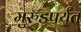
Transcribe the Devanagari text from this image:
मुरुडपर्यंत